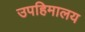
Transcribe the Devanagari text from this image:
उपहिमालय